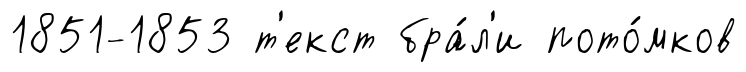
1851-1853 т'екст бра́л'и пото́мков